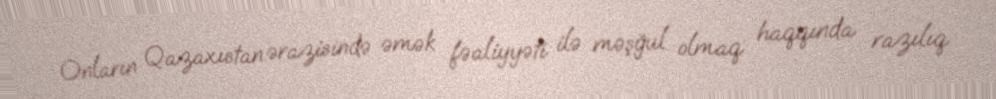
Onların Qazaxıstan ərazisində əmək fəaliyyəti ilə məşğul olmaq haqqında razılıq